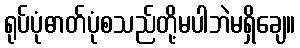
ရုပ်ပုံဓာတ်ပုံစသည်တို့မပါဘဲမရှိချေ။